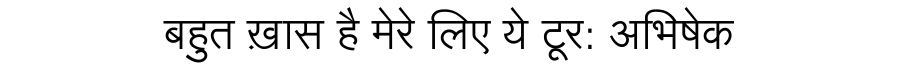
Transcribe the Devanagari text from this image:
बहुत ख़ास है मेरे लिए ये टूर: अभिषेक